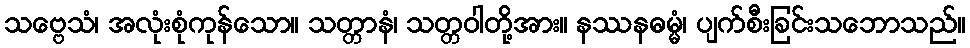
သဗ္ဗေသံ၊ အလုံးစုံကုန်သော။ သတ္တာနံ၊ သတ္တဝါတို့အား။ နဿနဓမ္မံ၊ ပျက်စီးခြင်းသဘောသည်။